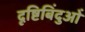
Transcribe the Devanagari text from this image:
दृष्टिबिंदुओं